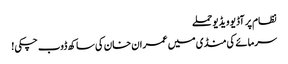
نظام پر آڈیو ویڈیو حملے
سرمائے کی منڈی میں عمران خان کی ساکھ ڈوب چکی!